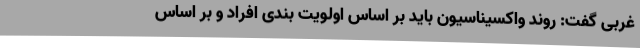
غربی گفت: روند واکسیناسیون باید بر اساس اولویت بندی افراد و بر اساس